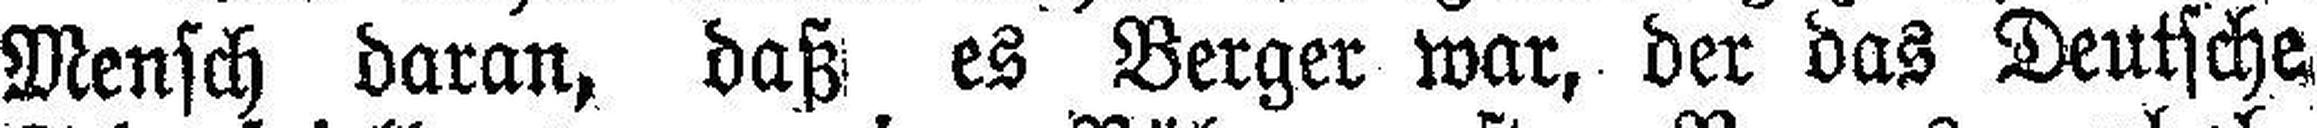
Mensch daran, daß es Berger war, der das Deutsche